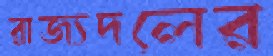
রাজ্যদলের